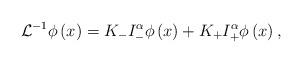
LaTeX: \begin{align*}\displaystyle \mathcal{L}^{-1}\phi\left(x\right) = K_{-} I_-^{\alpha}\phi\left(x\right) + K_{+} I_+^{\alpha}\phi\left(x\right), \end{align*}